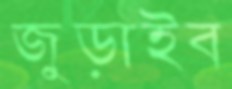
জুড়াইব